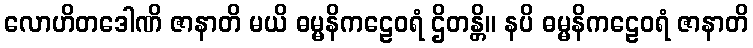
လောဟိတဒေါဏိ ဇာနာတိ မယိ ဓမ္မနိကဠေဝရံ ဌိတန္တိ။ နပိ ဓမ္မနိကဠေဝရံ ဇာနာတိ